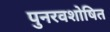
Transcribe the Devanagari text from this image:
पुनरवशोषित